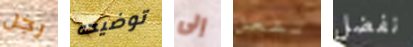
رجل توضيحه إلى تفعل نفضل